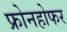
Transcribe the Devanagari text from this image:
फ्रोनहोफर